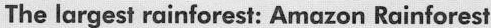
The largest rainforest: Amazon Rainforest